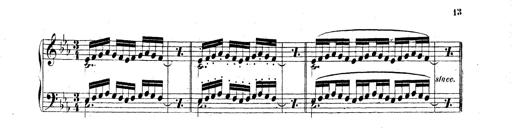
Title: Technische Studien
Composer: Franz Liszt